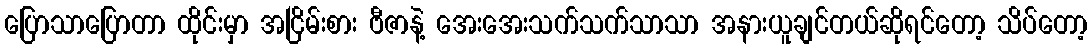
ပြောသာပြောတာ ထိုင်းမှာ အငြိမ်းစား ဗီဇာနဲ့ အေးအေးသက်သက်သာသာ အနားယူချင်တယ်ဆိုရင်တော့ သိပ်တော့